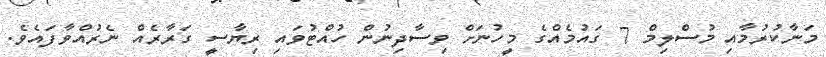
މަނާކުރުމާއި މުސްލިމް 7 ގައުމެއްގެ މީހުނަށް ވިސާދިނުން ހުއްޓުވައި ރިޔާސީ ގަރާރެއް ނެރުއްވާފައެވެ.